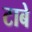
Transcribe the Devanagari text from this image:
टाबे